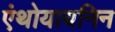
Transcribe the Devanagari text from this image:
एंथोयायनिन